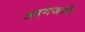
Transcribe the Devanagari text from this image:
आगजनि